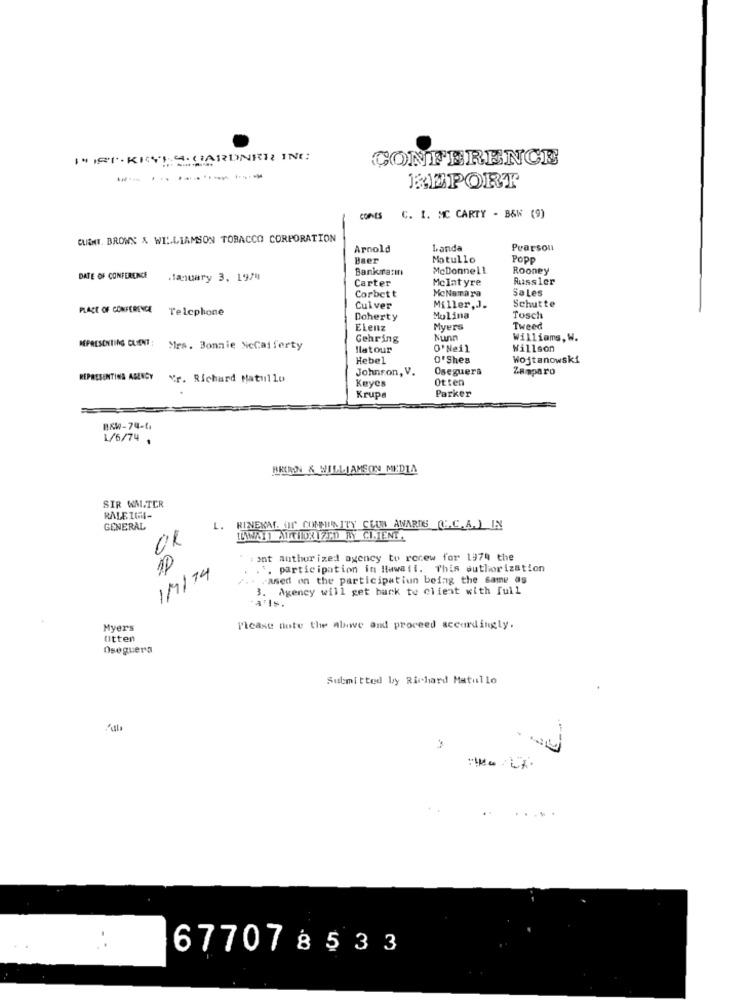
IN ISI . KRYLA. GARDNER INC.
CONFERENCE
....---
REPORT
conts
C. I. MC CARTY - B&W (9)
CLIENT. BROWN & WILLIAMSON TOBACCO CORPORATION
Arnold
Landa
Pearson
Baer
Motullo
Popp
Bankanın
McDonnell
Rooney
DATE OF CONFERENCE
January 3. 1974
Carter
Mclatyre
Aussler
MeNamara
Sa Les
Corbett
PLACE OF CONFERENCE
Telephone
Culver
Miller,J.
Schutte
Doherty
Molina
Tosch
ELenz
Myers
Tweed
Gehring
Nunn
Williams, W.
REPRESENTING CLIENT:
Mrs. Bonnie NeCaiferty
latour
O' Neil
Willson
Hebel
O'Shea
Wojtanowski
Johnson, V.
Oseguera
Zamparo
REPRESENTING AGENCY
Nr. Richard Hatullo
Otten
Keyes
Krupa
Parker
B&W-74-6
1/6/74 .
BRIAN & WILLIAMSON MEDIA
SIR WALTER
RALEIGHI-
GENERAL
L.
RINEKA. OF COMMUNITY CEUR AWARDS (C.C.A.) IN
01
ILWWAY) ATrTHOR IZED RY CLIENT.
iant author ized agency to rocew for 1979 the
1/9/74
. .. participation in Hawaii. This authorization
/ .. . ased on the participatiun being the same as
3. Agency will get back to client with full
Myers
Please note the Above and proceed accordingly.
Otten
Oseguera
Submitted by Richard Matullo
677078533